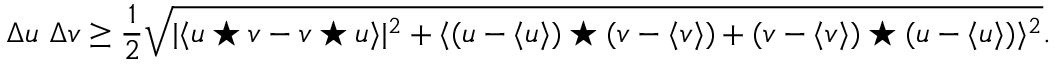
\Delta u ~ \Delta v \geq \frac { 1 } { 2 } \sqrt { | \langle u \star v - v \star u \rangle | ^ { 2 } + \langle ( u - \langle u \rangle ) \star ( v - \langle v \rangle ) + ( v - \langle v \rangle ) \star ( u - \langle u \rangle ) \rangle ^ { 2 } } .